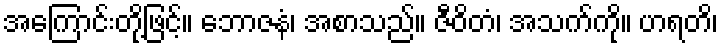
အကြောင်းတို့ဖြင့်။ ဘောဇနံ၊ အစာသည်။ ဇီဝိတံ၊ အသက်ကို။ ဟရတိ၊